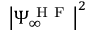
\big | \Psi _ { \infty } ^ { \mathrm { ~ H ~ F ~ } } \big | ^ { 2 }